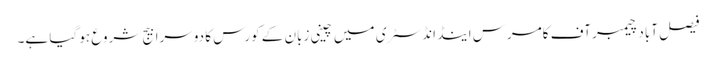
فیصل آباد چیمبر آف کامرس اینڈ انڈسٹری میں چینی زبان کے کورس کا دوسرا بیج شروع ہو گیا ہے۔